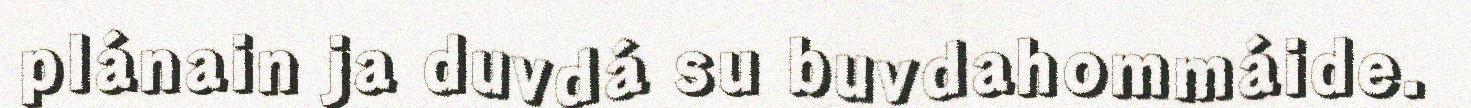
plánain ja duvdá su buvdahommáide.